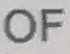
OF